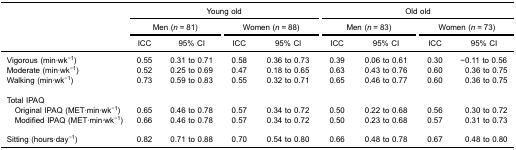
|  | <COLSPAN=4> Young old | <COLSPAN=4> Old old |
 |  | <COLSPAN=2> Men (n = 81) | <COLSPAN=2> Women (n = 88) | <COLSPAN=2> Men (n = 83) | <COLSPAN=2> Women (n = 73) |
 |  | ICC | 95% CI | ICC | 95% CI | ICC | 95% CI | ICC | 95% CI |
 | --- | --- | --- | --- | --- | --- | --- | --- | --- |
 | Vigorous (min·wk−1) | 0.55 | 0.31 to 0.71 | 0.58 | 0.36 to 0.73 | 0.39 | 0.06 to 0.61 | 0.30 | −0.11 to 0.56 |
 | Moderate (min·wk−1) | 0.52 | 0.25 to 0.69 | 0.47 | 0.18 to 0.65 | 0.63 | 0.43 to 0.76 | 0.60 | 0.36 to 0.75 |
 | Walking (min·wk−1) | 0.73 | 0.59 to 0.83 | 0.55 | 0.32 to 0.71 | 0.65 | 0.46 to 0.77 | 0.60 | 0.36 to 0.75 |
 | <COLSPAN=9>  |
 | Total IPAQ |  |  |  |  |  |  |  |  |
 | Original IPAQ (MET·min·wk−1) | 0.65 | 0.46 to 0.78 | 0.57 | 0.34 to 0.72 | 0.50 | 0.22 to 0.68 | 0.56 | 0.30 to 0.72 |
 | Modified IPAQ (MET·min·wk−1) | 0.66 | 0.46 to 0.78 | 0.57 | 0.34 to 0.72 | 0.50 | 0.23 to 0.68 | 0.57 | 0.31 to 0.73 |
 | <COLSPAN=9>  |
 | Sitting (hours·day−1) | 0.82 | 0.71 to 0.88 | 0.70 | 0.54 to 0.80 | 0.66 | 0.48 to 0.78 | 0.67 | 0.48 to 0.80 |